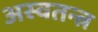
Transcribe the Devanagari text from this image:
अस्वतन्त्र